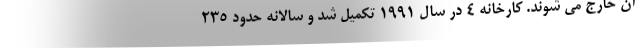
آن خارج می شوند. کارخانه 4 در سال 1991 تکمیل شد و سالانه حدود 235